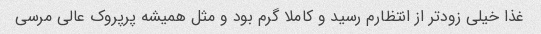
غذا خیلی زودتر از انتظارم رسید و کاملا گرم بود و مثل همیشه پرپروک عالی مرسی